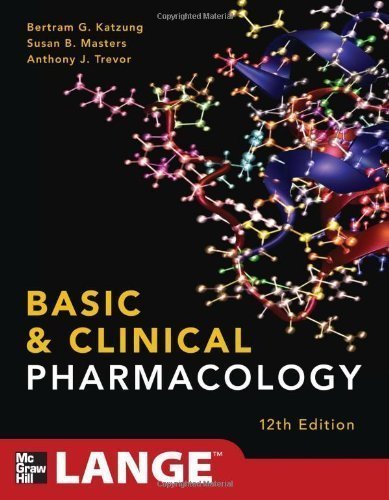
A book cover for By Katzung, Bertram; Masters, Susan; Trevor, Anthony Basic and Clinical Pharmacology 12/E (LANGE Basic Science) 12th Edition Paperback; J.K; Medical Books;